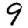
Digit: 9